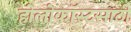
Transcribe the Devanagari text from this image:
होलोकॉस्टसाठी